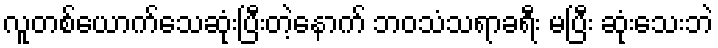
လူတစ်ယောက်သေဆုံးပြီးတဲ့နောက် ဘဝသံသရာခရီး မပြီး ဆုံးသေးဘဲ